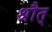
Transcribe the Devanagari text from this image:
श्रौत्